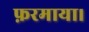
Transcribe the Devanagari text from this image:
फ़रमाया।